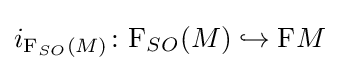
i_{\mathrm {F} _{SO}(M)}\colon \mathrm {F} _{SO}(M)\hookrightarrow \mathrm {F} M